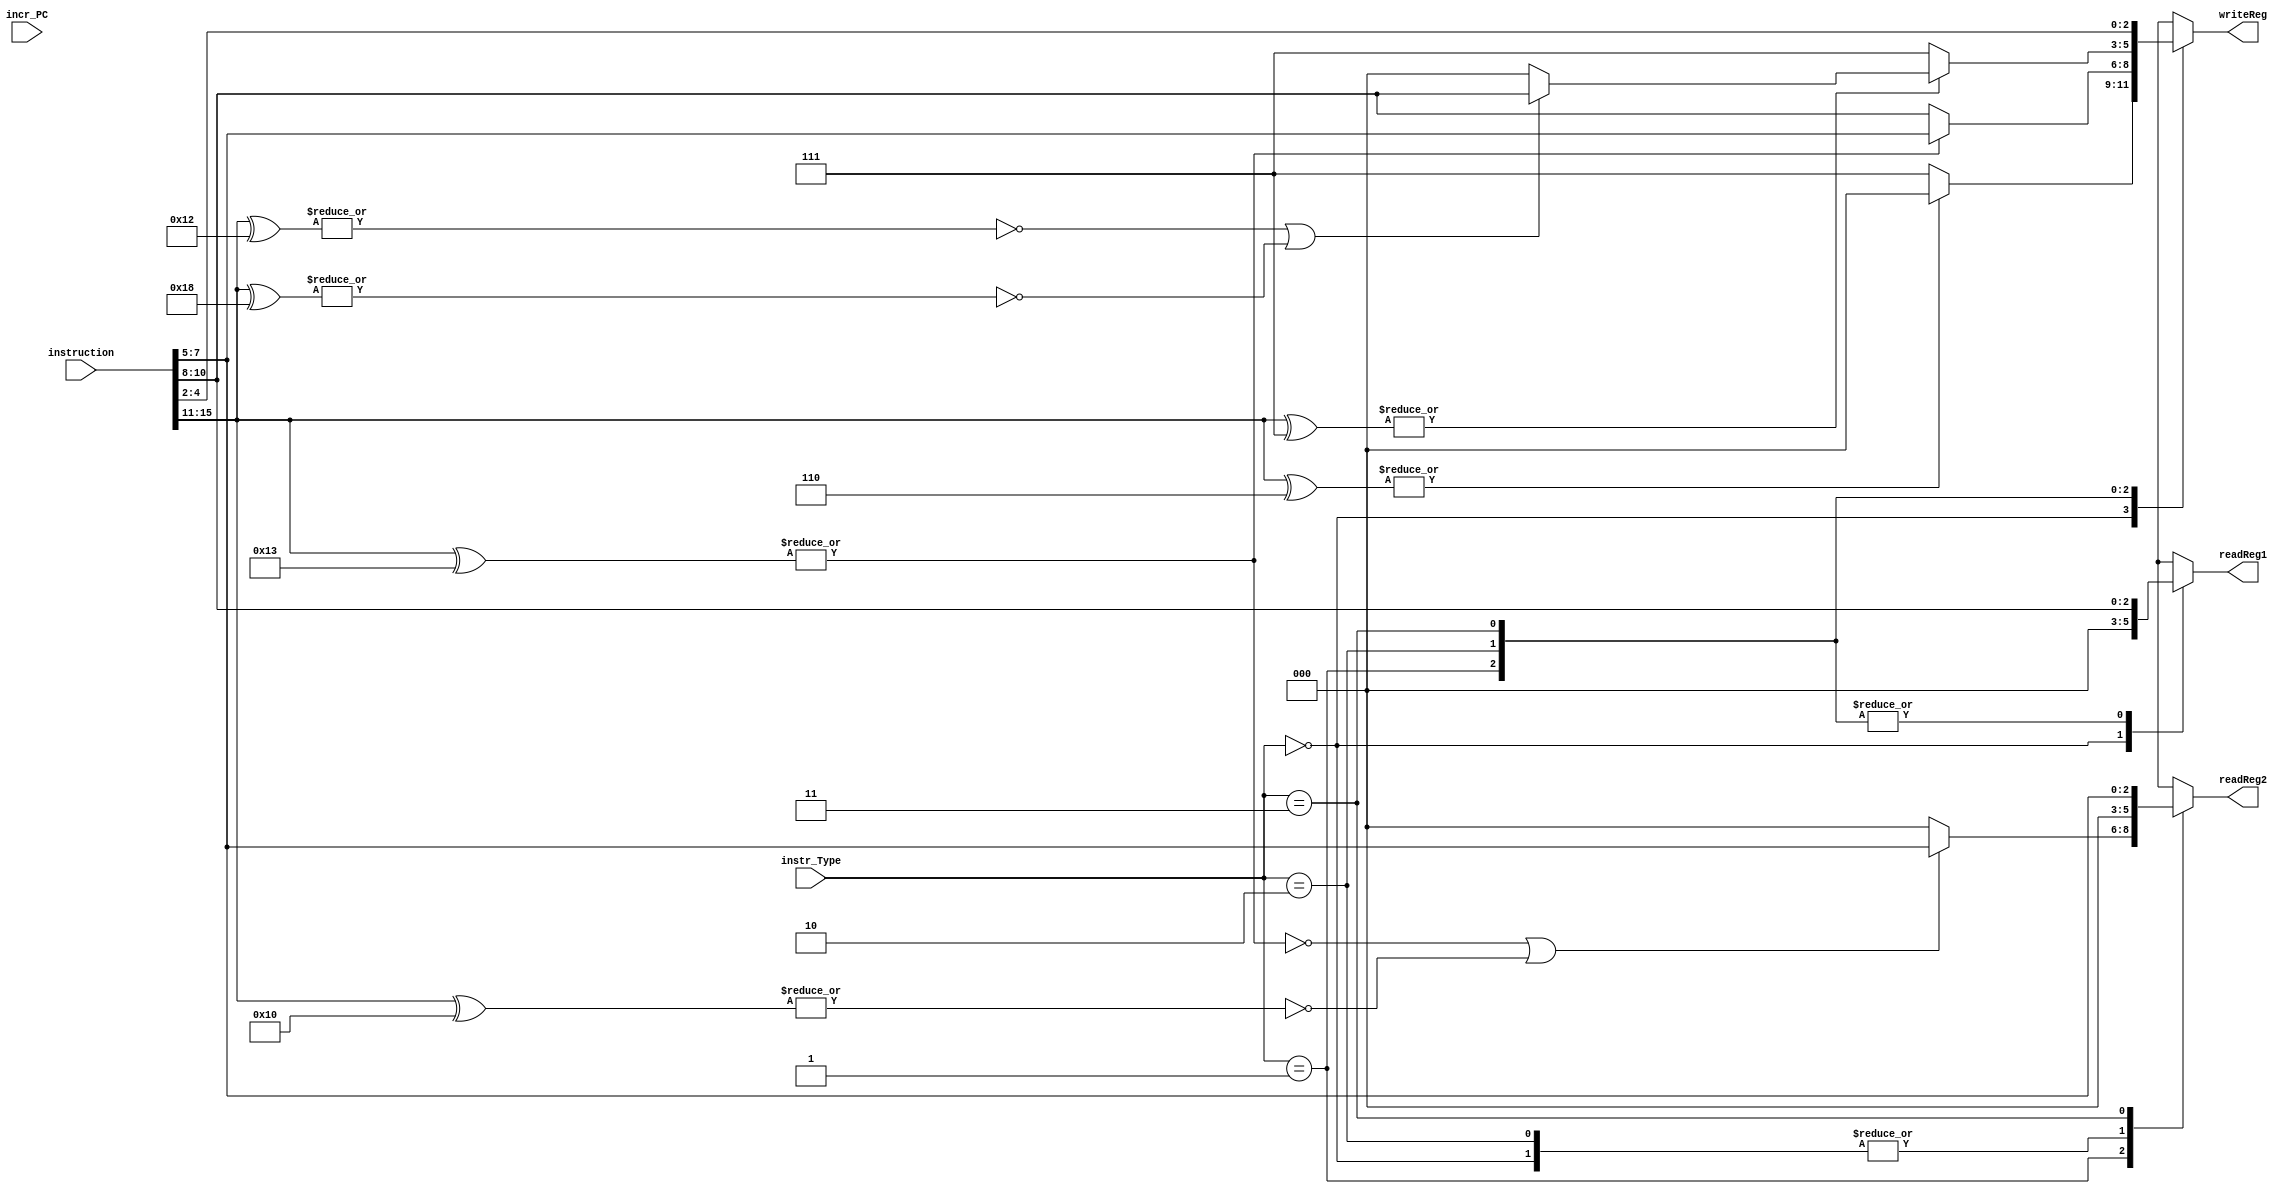
module instruction_decode(instr_Type, instruction, readReg1, readReg2, writeReg, incr_PC);

input [1:0] instr_Type;
input [15:0] instruction;
input [15:0] incr_PC;
output wire [2:0] readReg1, readReg2, writeReg;

reg [2:0] readReg1Wire, readReg2Wire, writeRegWire;
wire [4:0] opcode;
wire JALROpcode, JALOpcode, SLBIOpcode, LBIOpcode, STOpcode, STUOpcode;
//I format 1
//ADDI
//SUBI
//XORI
//ANDI
//ROLI
//SLLI
//RORI
//SRLI
//ST
//LD
//STU

//I format 2
//LBI
//SLBI
//JR
//JALR
//BEQZ
//BNEZ
//BLTZ
//BGEZ

assign opcode = instruction[15:11];
assign JALROpcode = |(opcode ^ 5'b00111);
assign JALOpcode = |(opcode ^ 5'b00110);
assign SLBIOpcode = |(opcode ^ 5'b10010);
assign LBIOpcode = |(opcode ^ 5'b11000);
assign STOpcode = |(opcode ^ 5'b10000);
assign STUOpcode = |(opcode ^ 5'b10011);
			
always @(*) begin
	case(instr_Type)
		2'b00: begin //J format 5 bits [OpCode], 11 bits [Displacement]
			writeRegWire = (~JALOpcode) ? 7: 0;
			readReg1Wire = 0;
			readReg2Wire = 0;
			end
		2'b01: begin //I format 1 5 bits [OpCode], 3 bits [Rs], 3 bits [Rd], 5 bits [Immediate]
			// Reg1 = Rs, R2 = Rt,
			// If ST - not writing to register.
			writeRegWire = ( ~STUOpcode ) ? instruction[10:8] : instruction[7:5];
			
			// Rs is the same position for all instr
			readReg1Wire = instruction[10:8];

			// If it's STU or ST, Rd is written to mem
			readReg2Wire = ( ~STUOpcode | ~STOpcode ) ?  instruction[7:5] : 3'h0;

			end
		2'b10: begin //I format 2 5 bits [OpCode], 3 bits [Rs], 8 bits [Immediate]
			readReg1Wire = instruction[10:8];
			//If JALR, writeReg = R7. If SLBI or LBI, writeReg = Rs. Else, we don't care what writeReg is.
			writeRegWire = (~JALROpcode) ? 7 : ((~SLBIOpcode | ~LBIOpcode) ? instruction[10:8] : 0);
			readReg2Wire = 0;
		   	end
		2'b11: begin //R format 5 bits [OpCode], 3 bits[Rs], 3 bits[Rt], 3 bits[Rd], 2 bits[Op Code Extension]
			readReg1Wire = instruction[10:8];
			readReg2Wire = instruction[7:5];
			writeRegWire = instruction[4:2];
			end
	endcase
end

assign writeReg = writeRegWire;
assign readReg1 = readReg1Wire;
assign readReg2 = readReg2Wire;

endmodule